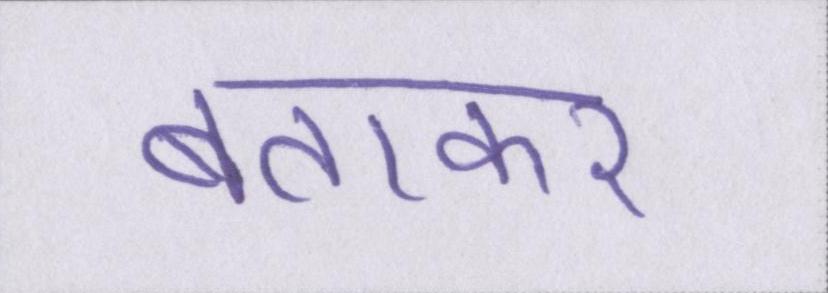
बताकर